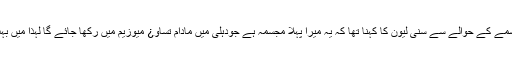
اپنے مومی مجسمے کے حوالے سے سنی لیون کا کہنا تھا کہ یہ میرا پہلا مجسمہ ہے جودہلی میں مادام تساو¿ میوزیم میں رکھا جائے گا لہٰذا میں بہت پرجوش ہوں۔